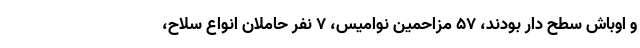
و اوباش سطح دار بودند، ۵۷ مزاحمین نوامیس، ۷ نفر حاملان انواع سلاح،